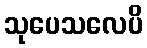
သုပေသလေပိ